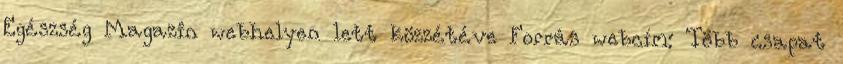
Egészség Magazin webhelyen lett közzétéve Forrás webcím: Több csapat